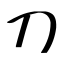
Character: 刀